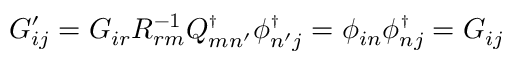
G _ { i j } ^ { \prime } = G _ { i r } R _ { r m } ^ { - 1 } \ensuremath { Q _ { m n ^ { \prime } } ^ { \scriptscriptstyle \dag } } \ensuremath { \phi _ { n ^ { \prime } j } ^ { \scriptscriptstyle \dag } } = \phi _ { i n } \ensuremath { \phi _ { n j } ^ { \scriptscriptstyle \dag } } = G _ { i j }